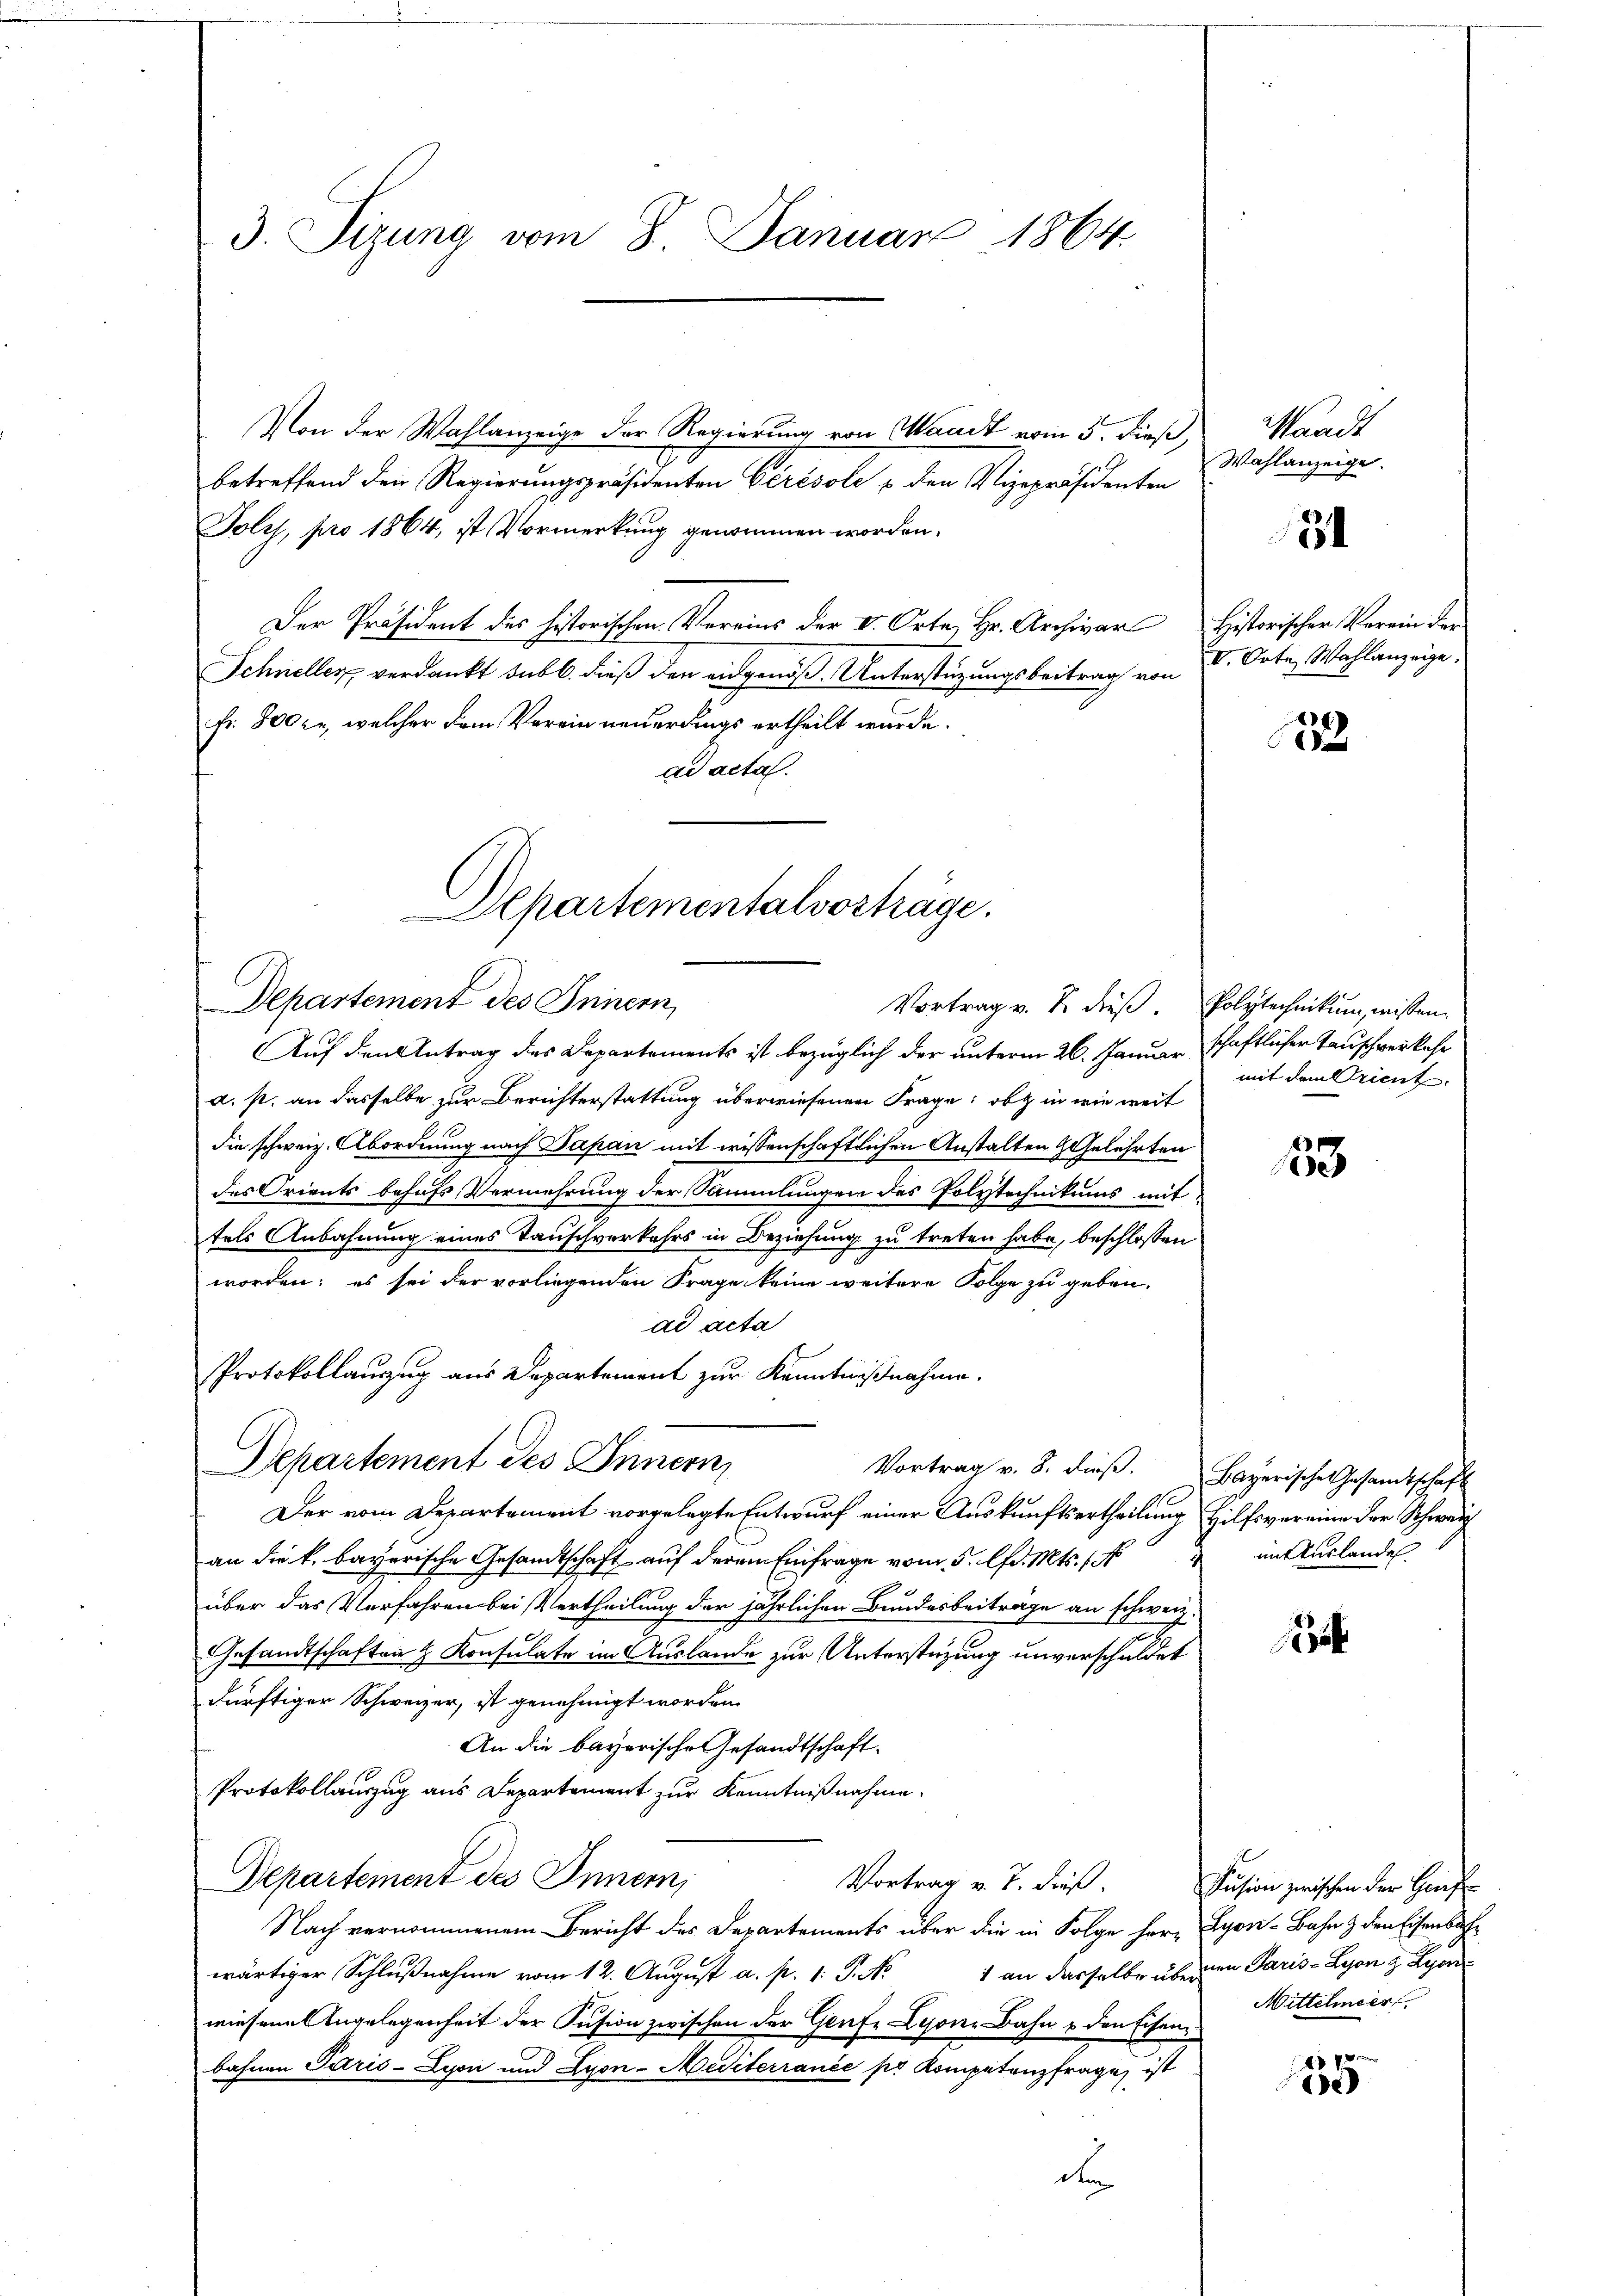
3. Sizung vom 8. Januar 1864.

Von der Wahlanzeige der Regierung von Waadt vom 5. dieß,
betreffend den Regierŭngspräsidenten Gerisoli u. den Vizepräsidenten
Tolst, pro 1864, ist Vormerkung genommen worden.
Der Präsident des historischen Vereins der V. Orte, Hr. Archivar Historischer Verein der
Schneller, verdankt sub b. dieß den eidgenöß. Unterstüzungsbeitrag von
fr. 800 er, welcher dem Verein neuerdings ertheilt wurde.
ad acta.
Auf den Antrag des Departements ist bezüglich der unterm 26. Januar schaftlicher Tauschverkehr
a. p. an dasselbe zur Berichterstattung überwiesenen Frage: ob in wie weit
die schweiz. Abordnung nach Papan mit wissenschaftlichen Anstalten Gelehrten
des Orients behufs Vermehrung der Sammlungen des Polytechnikums mit
tels Anbahnung eines Tauschverkehrs in Beziehung zu treten habe, beschlossen
worden; es sei der vorliegenden Frage keine weitere Folge zu geben.
ad acta
Protokollauszug aus Departement zur Kenntnißnahme.
Departement des Innern,
Vortrag v. 8. dieβ. Bayerische Gesamtschaft
Der vom Departement vorgelegte Entwurf einer Auskunftsertheilung Hilfsvereine der Schweiz
an die k. bayerische Gesandtschaft auf derem Einfrage vom 5. lfd. Mts. 1. 4
über das Verfahren bei Vertheilung der jährlichen Bundesbeitrage an schweiz.
Gesandtschaften & Konsulate im Auslande zur Unterstüzung unverschuldet
dürftiger Schweizer, ist genehmigt worden.
An die bayerische Gesandtschaft.
Protokollauszug aus Departement zur Kenntnißnahme.
Departement des Innern,
Vortrag v. J. dieß. Fusion zwischen der Genf
Nach vernommenem Bericht des Departements über die in Folge her, Lyon-Bahn & den Eisenbahwärtiger Schlußnahme vom 12. August a. p. 1. P. N. 1 an dasselbe übern Paris - Lyon z. Lyon
wiesene Angelegenheit der Pusion zwischen der Grafe Lyone Bahn & den Eisen
bahnen Paris-Lyon und Lyon-Mediterrance pr Kompetenzfrage, ist
d

Departementalvoshäge
Departement des Innern,
Vortrag v. J. dieß Polytechnikung wissen.

Waadt
Wahlanzeige.

54

I. Orte Wahlanzeige.

122

mit dem Orient.

53

mit Auslandel

1

Mittchneer

xx
e